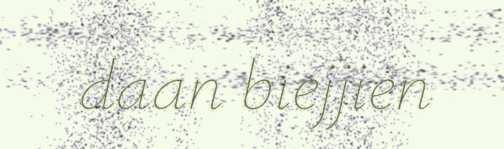
daan biejjien